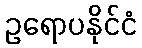
ဥရောပနိုင်ငံ